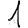
Digit: 1